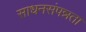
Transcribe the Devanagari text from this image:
साधनसंपन्नता